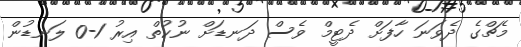
މެޗްގެ ދެވަނަ ހާފަށް ދެޓީމް ވެސް ދަނޑަށް ނުކުތް އިރު 1-0 ލަނޑުން